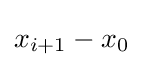
x_{i+1}-x_{0}